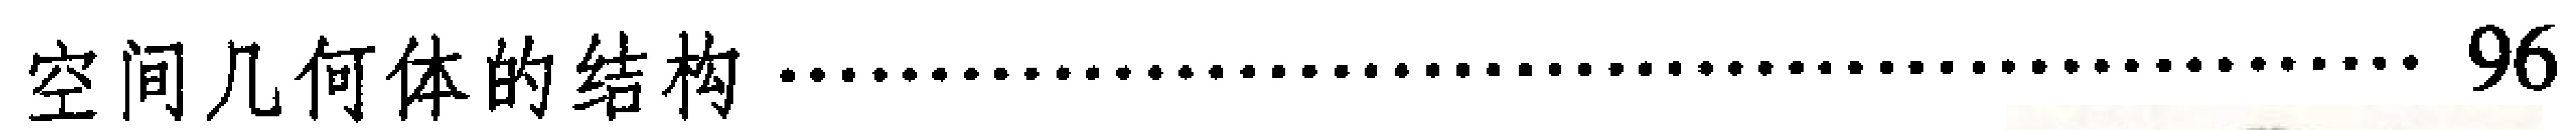
空间几何体的结构\ldots\ldots\ldots\ldots\ldots\ldots\ldots\ldots\ldots\ldots\ldots\ldots\ldots\ldots\ldots\ldots\ldots\ldots 96